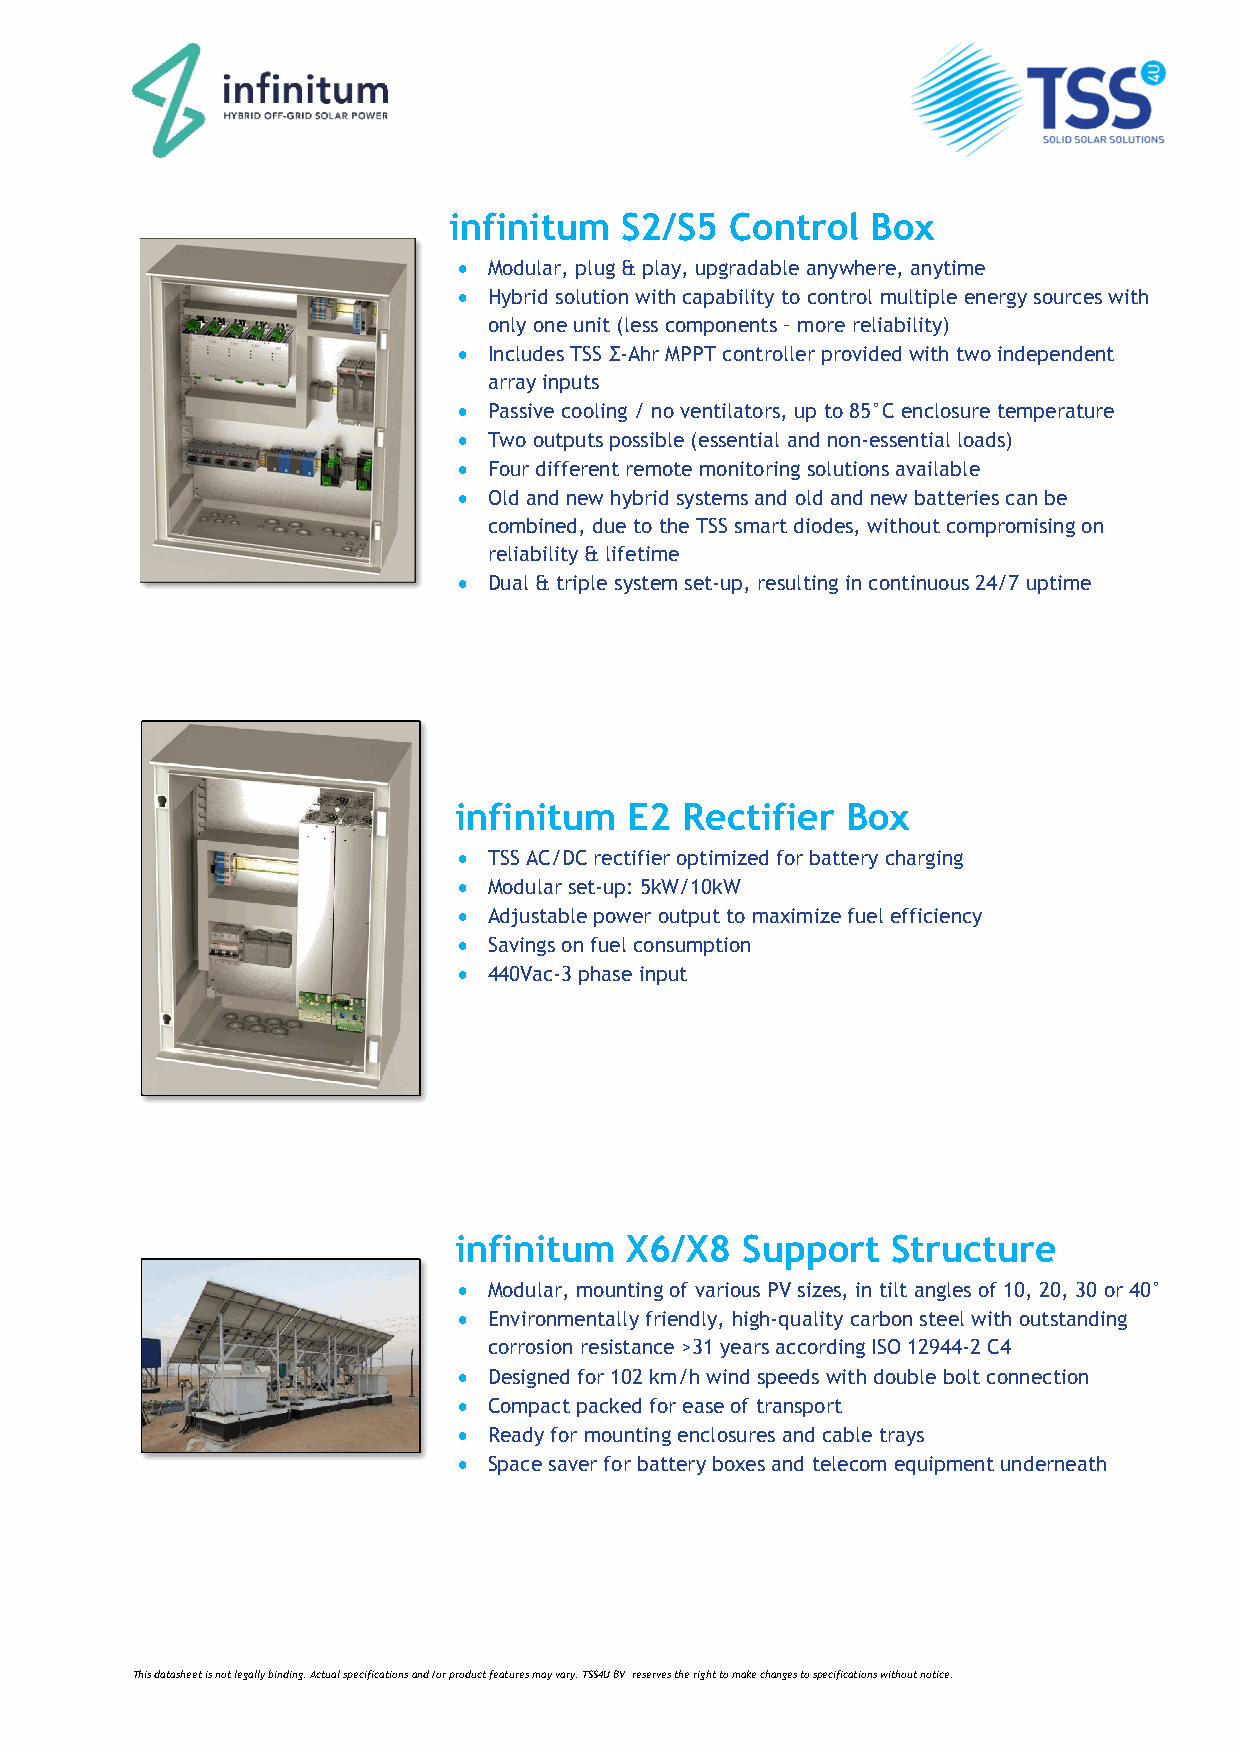
infinitum  S2/S5  Control   Box
  Modular, plug & play, upgradable anywhere, anytime
  Hybrid solution with capability to control multiple energy sources with
 only one unit (less components – more reliability)
  Includes TSS Σ-Ahr MPPT controller provided with two independent
 array inputs
  Passive cooling / no ventilators, up to 85°C enclosure temperature
  Two outputs possible (essential and non-essential loads)
  Four different remote monitoring solutions available
  Old and new hybrid systems and old and new batteries can be
 combined, due to the TSS smart diodes, without compromising on
 reliability & lifetime
  Dual & triple system set-up, resulting in continuous 24/7 uptime
 infinitum   E2 Rectifier  Box
  TSS AC/DC rectifier optimized for battery charging
  Modular set-up: 5kW/10kW
  Adjustable power output to maximize fuel efficiency
  Savings on fuel consumption
  440Vac-3 phase input
 infinitum   X6/X8  Support   Structure
  Modular, mounting of various PV sizes, in tilt angles of 10, 20, 30 or 40°
  Environmentally friendly, high-quality carbon steel with outstanding
 corrosion resistance >31 years according ISO 12944-2 C4
  Designed for 102 km/h wind speeds with double bolt connection
  Compact packed for ease of transport
  Ready for mounting enclosures and cable trays
  Space saver for battery boxes and telecom equipment underneath
 This datasheet is not legally binding. Actual specifications and /or product features may vary. TSS4U BV reserves the right to make changes to specifications without notice.